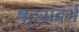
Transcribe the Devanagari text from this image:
षट्संदर्भ